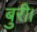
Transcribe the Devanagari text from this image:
बुरी।